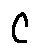
c